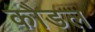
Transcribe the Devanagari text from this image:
कौडल